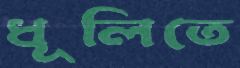
ধূলিতে